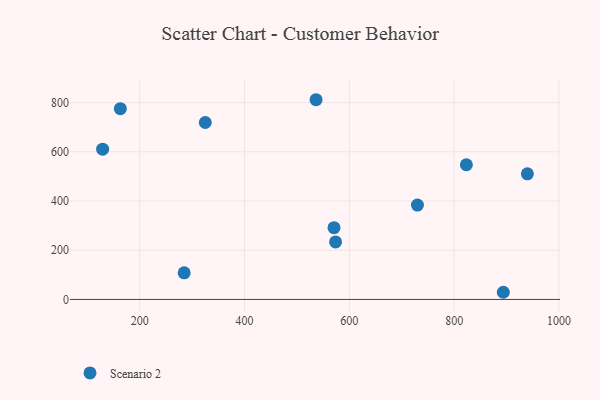
{"axis": {"x": "Engine Size", "y": "Salary"}, "legend": ["Scenario 2"], "data": [{"x": "893.8", "y": 29.1, "type": "Scenario 2"}, {"x": "729.9", "y": 383.6, "type": "Scenario 2"}, {"x": "284.8", "y": 108.0, "type": "Scenario 2"}, {"x": "536.5", "y": 811.6, "type": "Scenario 2"}, {"x": "570.7", "y": 291.6, "type": "Scenario 2"}, {"x": "325.1", "y": 719.0, "type": "Scenario 2"}, {"x": "129.2", "y": 610.6, "type": "Scenario 2"}, {"x": "823.3", "y": 547.3, "type": "Scenario 2"}, {"x": "163.0", "y": 775.2, "type": "Scenario 2"}, {"x": "573.7", "y": 233.6, "type": "Scenario 2"}, {"x": "939.7", "y": 510.6, "type": "Scenario 2"}]}